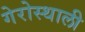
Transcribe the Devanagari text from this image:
गेरोस्थाली